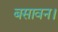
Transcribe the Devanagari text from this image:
बसावन।